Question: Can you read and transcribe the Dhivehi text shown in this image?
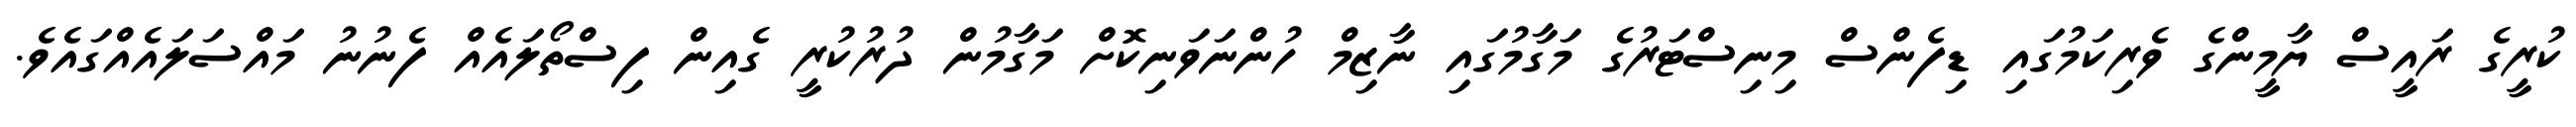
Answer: ކުރީގެ ރައީސް ޔާމީންގެ ވެރިކަމުގައި ޑިފެންސް މިނިސްޓަރުގެ މަގާމުގައި ނާޒިމް ހުންނަވަނިކޮށް މަގާމުން ދުރުކުރީ ގެއިން ފިސްތޯލައެއް ފެނުނު މައްސަލައެއްގައެވެ.